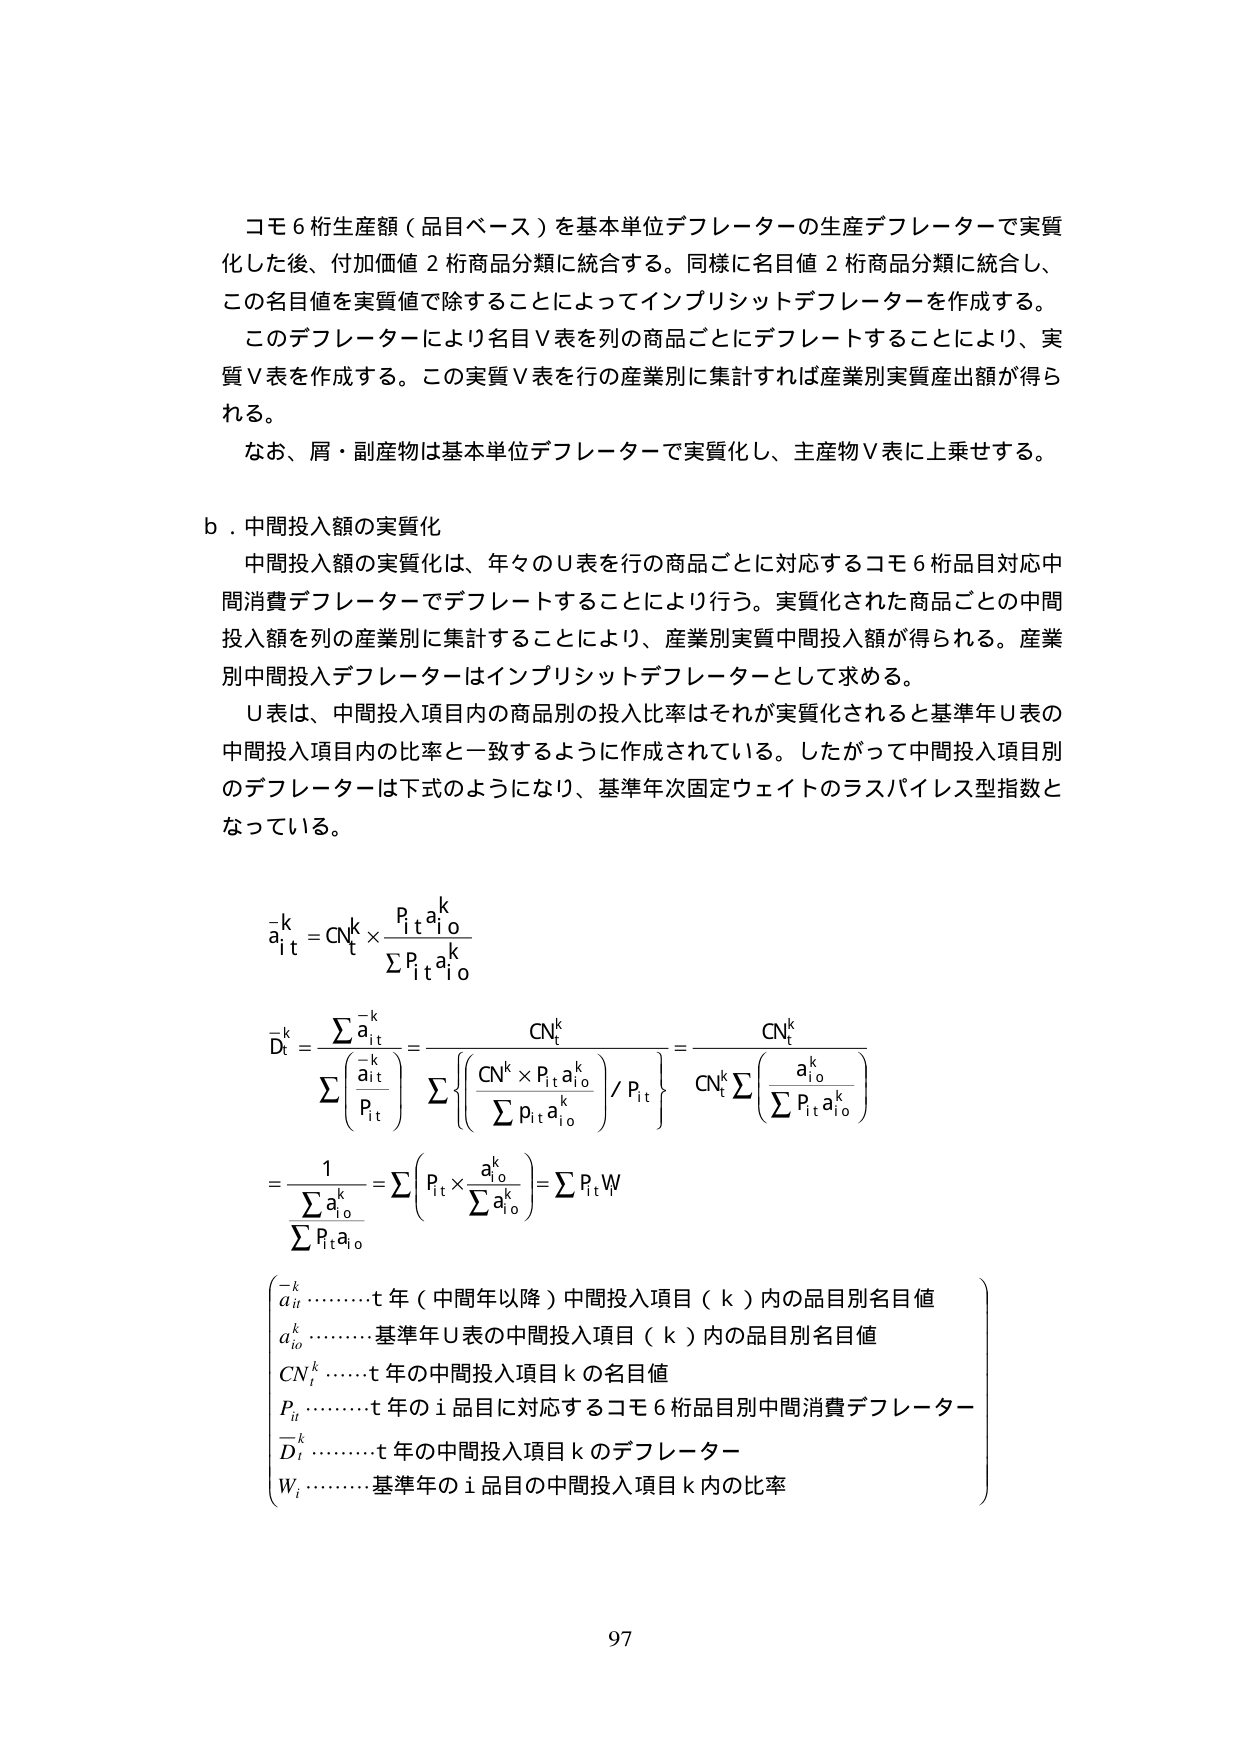
コモ６桁生産額（品目ベース）を基本単位デフレーターの生産デフレーターで実質化した後、付加価値２桁商品分類に統合する。同様に名目値２桁商品分類に統合し、この名目値を実質値で除することによってインプリシットデフレーターを作成する。

このデフレーターにより名目Ｖ表を列の商品ごとにデフレートすることにより、実質Ｖ表を作成する。この実質Ｖ表を行の産業別に集計すれば産業別実質産出額が得られる。

なお、屑・副産物は基本単位デフレーターで実質化し、主産物Ｖ表に上乗せする。

ｂ．中間投入額の実質化

中間投入額の実質化は、年々のＵ表を行の商品ごとに対応するコモ６桁品目対応中間消費デフレーターでデフレートすることにより行う。実質化された商品ごとの中間投入額を列の産業別に集計することにより、産業別実質中間投入額が得られる。産業別中間投入デフレーターはインプリシットデフレーターとして求める。

Ｕ表は、中間投入項目内の商品別の投入比率はそれが実質化されると基準年Ｕ表の中間投入項目内の比率と一致するように作成されている。したがって中間投入項目別のデフレーターは下式のようになり、基準年次固定ウェイトのラスパイレス型指数となっている。

a̅ᵢₜᵏ = CNₜᵏ × (pᵢₜ aᵢₒᵏ) / Σpᵢₜ aᵢₒᵏ

D̅ₜᵏ = Σa̅ᵢₜᵏ / Σ(a̅ᵢₜᵏ / pᵢₜ) = CNₜᵏ / Σ{(CNₜᵏ × pᵢₜ aᵢₒᵏ) / Σpᵢₜ aᵢₒᵏ / pᵢₜ} = CNₜᵏ / [CNₜᵏ Σ(aᵢₒᵏ / Σpᵢₜ aᵢₒᵏ)] = 1 / Σaᵢₒᵏ / Σpᵢₜ aᵢₒᵏ = Σ(pᵢₜ × aᵢₒᵏ / Σaᵢₒᵏ) = Σpᵢₜ Wᵢ

( a̅ᵢₜᵏ ……… t年（中間年以降）中間投入項目（k）内の品目別名目値
  aᵢₒᵏ ……… 基準年Ｕ表の中間投入項目（k）内の品目別名目値
  CNₜᵏ ……… t年の中間投入項目kの名目値
  pᵢₜ ……… t年のi品目に対応するコモ６桁品目別中間消費デフレーター
  D̅ₜᵏ ……… t年の中間投入項目kのデフレーター
  Wᵢ ……… 基準年のi品目の中間投入項目k内の比率 )

97